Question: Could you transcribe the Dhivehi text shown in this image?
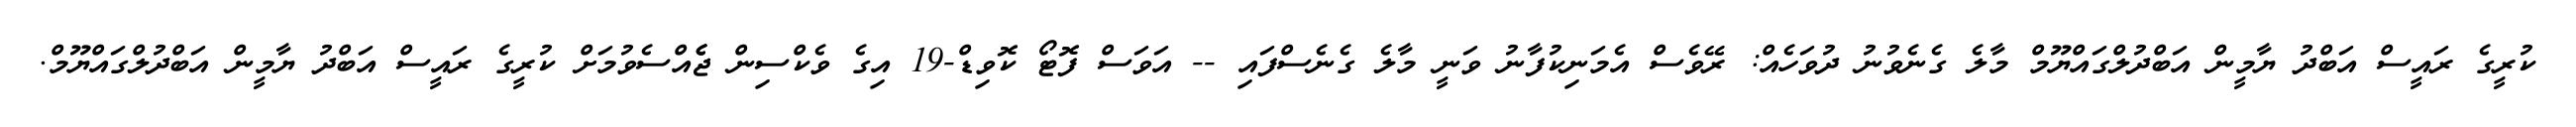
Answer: ކުރީގެ ރައީސް އަބްދު ޔާމީން އަބްދުލްގައްޔޫމް މާލެ ގެނެވުނު ދުވަހެއް: ރޭވެސް އެމަނިކުފާނު ވަނީ މާލެ ގެނެސްފައި -- އަވަސް ފޮޓޯ ކޮވިޑް-19 އިގެ ވެކްސިން ޖެެއްސެވުމަށް ކުރީގެ ރައީސް އަބްދު ޔާމީން އަބްދުލްގައްޔޫމް.